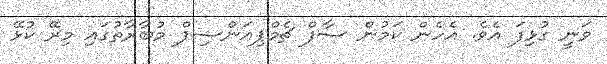
ވަނީ ގުޅިފަ އެވެ. އެހެން ކަމުން ސާފް ޗެމްޕިއަންޝިޕް މުބާރާތުގައި މިރޭ ކުޅޭ